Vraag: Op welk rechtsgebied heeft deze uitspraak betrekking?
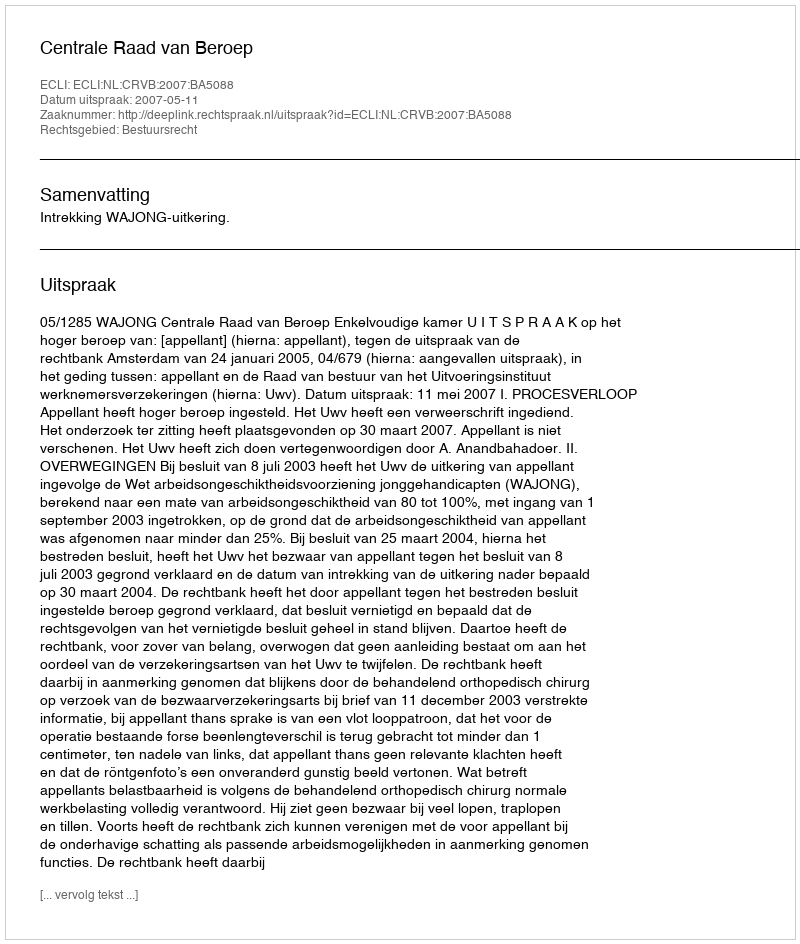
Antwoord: Bestuursrecht